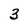
Character: 3